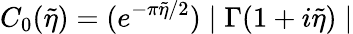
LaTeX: C_{0}(\tilde{\eta})=(e^{-\pi\tilde{\eta}/2})\mid\Gamma(1+i\tilde{\eta})\mid